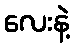
လေးနဲ့